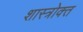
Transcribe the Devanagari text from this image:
शास्‍त्रोक्‍त